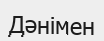
Дәнімен